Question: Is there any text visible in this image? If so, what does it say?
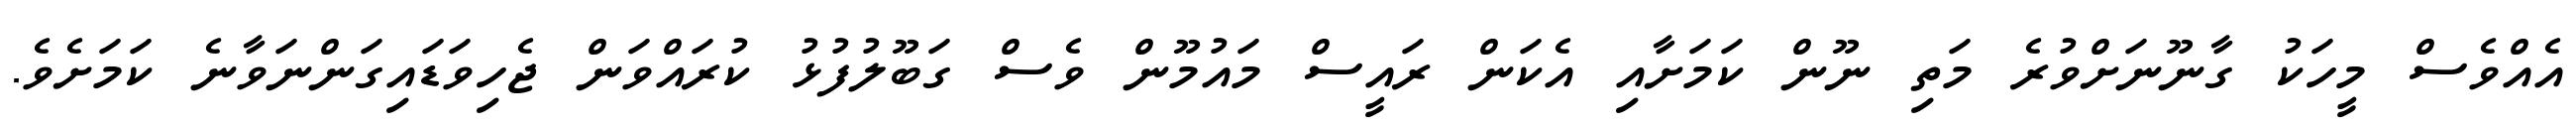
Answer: އެއްވެސް މީހަކު ގާނޫނަށްވުރެ މަތި ނޫން ކަމަށާއި އެކަން ރައީސް މައުމޫން ވެސް ގަބޫލުފުޅު ކުރައްވަން ޖެހިވަޑައިގަންނަވާނެ ކަމަށެވެ.